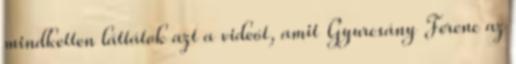
mindketten láttátok azt a videót, amit Gyurcsány Ferenc az